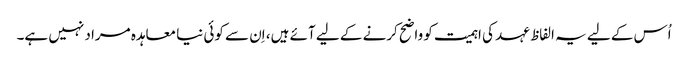
اُس کے لیے یہ الفاظ عہد کی اہمیت کو واضح کرنے کے لیے آئے ہیں، اِن سے کوئی نیا معاہدہ مراد نہیں ہے۔